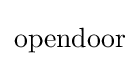
\mathrm {opendoor}